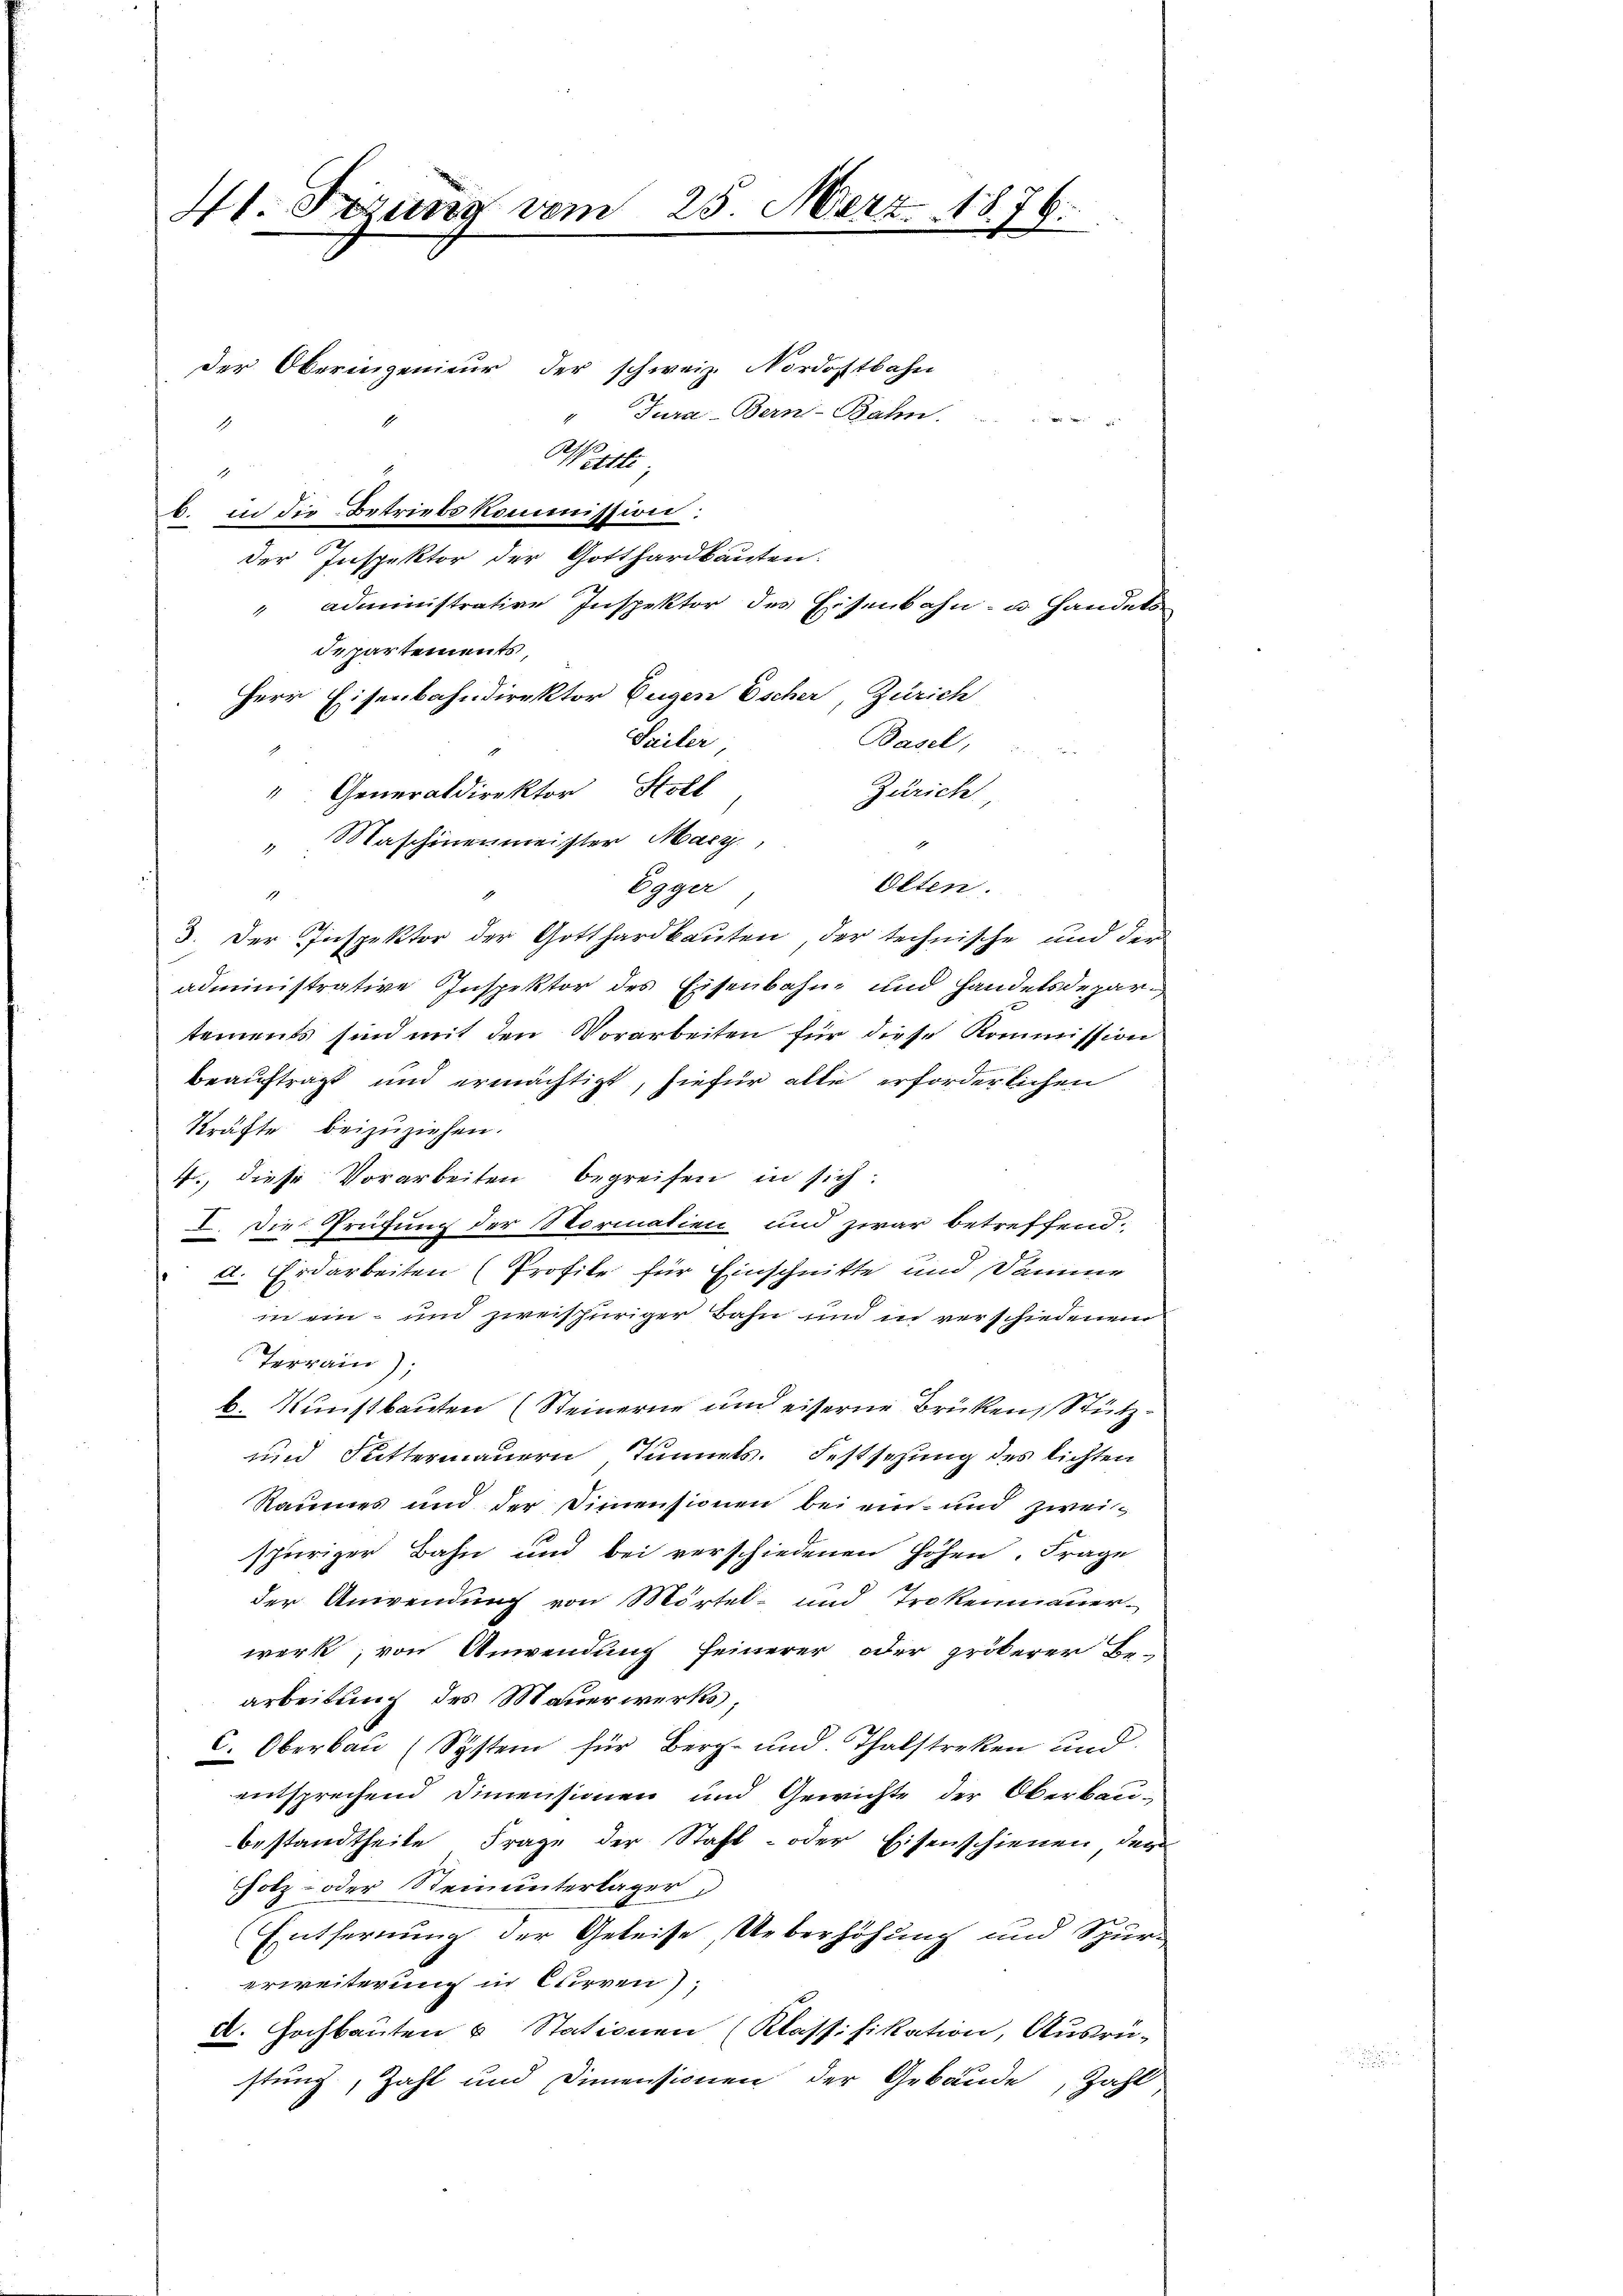
4t. Ferung vom

25. März 1876.

der Oberingenieur der schweiz. Nordostbahn
Tura-Bern-Bahn.

Wert
1
b. in die Betriebskommission:
der Inspektor der Gotthardbauten.
" administrative Inspektor des Eisenbahn- u. Handels
departements,
Herr Eisenbahndirektor Eugen Escher, Zürich
Sailer,
Basel,
" Generaldirektor Holl
Zürich,
 Maschinenmeister Marz,
Egger
1
3. Der Inspektor der Gotthardbauten, der technische und der
administrative Inspektor des Eisenbahne und Handelsdepartements sind mit den Vorarbeiten für diese Kommission
beauftragt und ermächtigt, hiefür alle erforderlichen
Kräfte beizuziehen.
4., diese Vorarbeiten begreifen in sich:
I. Die Prüfung der Normation und zwar betreffend.
a. Erdarbeiten (Profile für Einschnitte und Damme
in ein- und zweifhüriger Bahn und in verschiedenen
Terrain);
b. Kunstbauten (Steinerne und eiserne Brüken, Stütz¬
0
und Futtermauern, Sinnets. Festsezung des lichten
Raumes und der Dimensionen bei ein- und zweispuriger Bahn und bei verschiedenen Höhen. Frage
der Anwendung von Mörtel- und Trokenmauer.
werk, von Anwendung feinerer oder größerer Be-
arbeitung des Mauerwerks
C. Oberbau (System für Berg- und Thalstreken und
entsprechend Dimensionen und Gewichte der Oberbau-
bestandtheite Frage der Staft- oder Eisenschienen der
Holz- oder Steinunterlager
Entfernung der Geleise, Ueberhöhung und Spur-
erweiterung in Curren),
d. Hochbauten u Stationen (Klassifikation, Ausrü-
stung, Zahl und Dimensionen der Gebäude, Zahl

Olten.